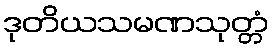
ဒုတိယသမဏသုတ္တံ